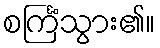
စင်္ကြံသွား၏။